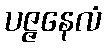
ပဇ္ဇနေလံ